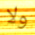
ولا